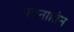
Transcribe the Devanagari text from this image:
पड़नातिन